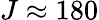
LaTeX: J\approx 180